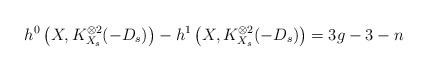
\begin{align*}h^0\left(X, K_{X_s}^{\otimes 2}(-D_s)\right) - h^1\left(X, K_{X_s}^{\otimes 2}(-D_s)\right) = 3g-3 - n\end{align*}